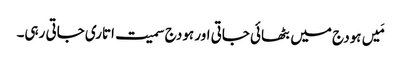
مَیں ہودج میں بٹھائی جاتی اور ہودج سمیت اتاری جاتی رہی۔